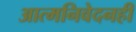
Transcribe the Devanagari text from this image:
आत्मनिवेदनही